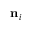
\mathbf { n } _ { i }